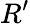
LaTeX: R^{\prime}